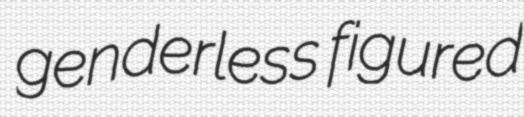
genderless figured